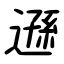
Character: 遜